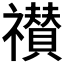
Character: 𮂠